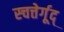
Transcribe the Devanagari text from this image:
स्चत्तेर्गूद्